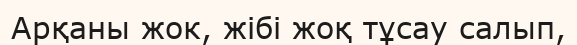
Арқаны жок, жібі жоқ тұсау салып,